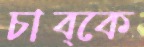
চাব্‌কে